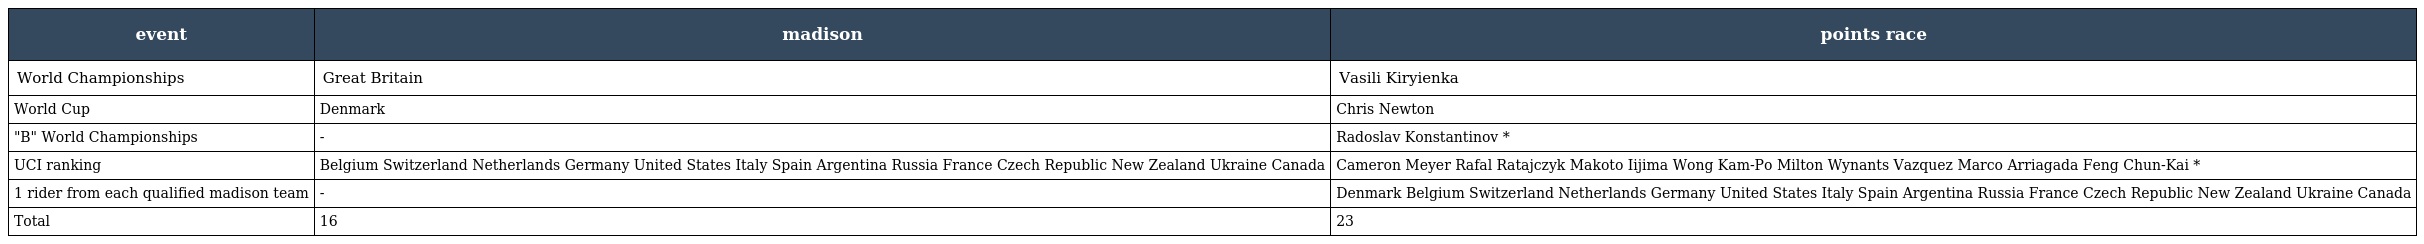
| event | madison | points race |
 | --- | --- | --- |
 | World Championships | Great Britain | Vasili Kiryienka |
 | World Cup | Denmark | Chris Newton |
 | "B" World Championships | - | Radoslav Konstantinov * |
 | UCI ranking | Belgium Switzerland Netherlands Germany United States Italy Spain Argentina Russia France Czech Republic New Zealand Ukraine Canada | Cameron Meyer Rafal Ratajczyk Makoto Iijima Wong Kam-Po Milton Wynants Vazquez Marco Arriagada Feng Chun-Kai * |
 | 1 rider from each qualified madison team | - | Denmark Belgium Switzerland Netherlands Germany United States Italy Spain Argentina Russia France Czech Republic New Zealand Ukraine Canada |
 | Total | 16 | 23 |